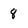
Character: 8